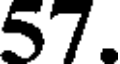
57.